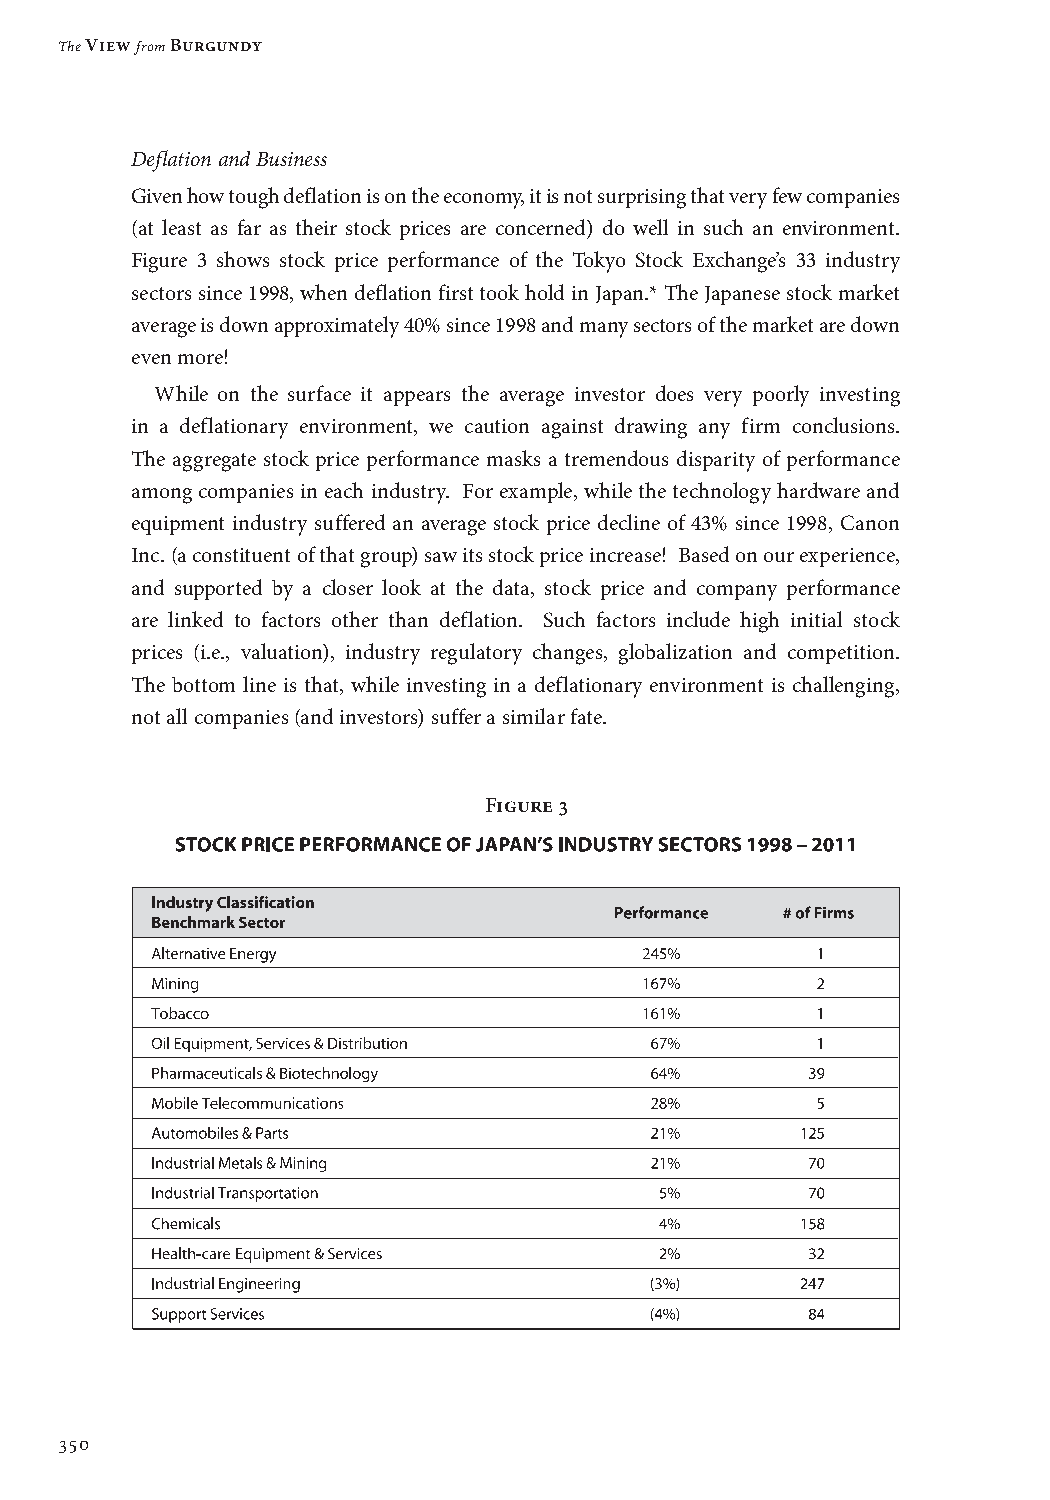
The View from Burgundy
 Deflation and Business
 Given how tough deflation is on the economy, it is not surprising that very few companies
 (at least as far as their stock prices are concerned) do well in such an environment.
 Figure 3 shows stock price performance of the Tokyo Stock Exchange’s 33 industry
 sectors since 1998, when deflation first took hold in Japan.* The Japanese stock market
 average is down approximately 40% since 1998 and many sectors of the market are down
 even more!
 While on the surface it appears the average investor does very poorly investing
 in a deflationary environment, we caution against drawing any firm conclusions.
 The aggregate stock price performance masks a tremendous disparity of performance
 among companies in each industry. For example, while the technology hardware and
 equipment industry suffered an average stock price decline of 43% since 1998, Canon
 Inc. (a constituent of that group) saw its stock price increase! Based on our experience,
 and supported by a closer look at the data, stock price and company performance
 are linked to factors other than deflation. Such factors include high initial stock
 prices (i.e., valuation), industry regulatory changes, globalization and competition.
 The bottom line is that, while investing in a deflationary environment is challenging,
 not all companies (and investors) suffer a similar fate.
 Figure 3
 350